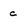
Character: c